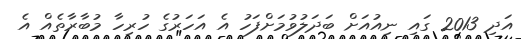
އަދި 2013 ގައި ނިއުއަށް ބަދަލުވުމަށްފަހު އެ އަހަރުގެ ހުރިހާ މުބާރާތެއް އެ